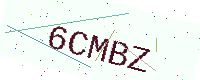
Text: 6CMBZ